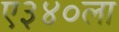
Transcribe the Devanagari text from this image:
ए३४०ला